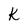
Character: k